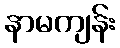
နာမကျန်း